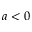
a < 0